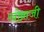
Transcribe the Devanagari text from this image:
खोब्राजी